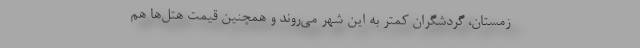
زمستان، گردشگران کمتر به این شهر می‌روند و همچنین قیمت هتل‌ها هم